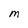
Character: M